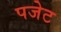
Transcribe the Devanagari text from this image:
पजेट